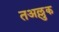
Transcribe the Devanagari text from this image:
तअल्लुक